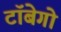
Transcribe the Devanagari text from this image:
टॉबेगो